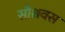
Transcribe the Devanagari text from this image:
सौश्रवस